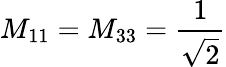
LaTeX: M_{11}=M_{33}=\frac{1}{\sqrt{2}}